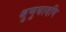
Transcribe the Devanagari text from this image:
श्रुणुयादपि